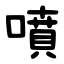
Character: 噴